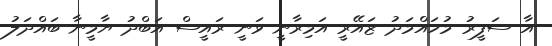
އާ ސަފީރު މުހައްމަދު ޒައޭރީ އަމިރާނީ ވަނީ ރައީސް އަބްދު ޔާމީނާ ބައްދަލު